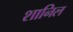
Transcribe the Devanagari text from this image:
शानिल